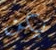
يكن